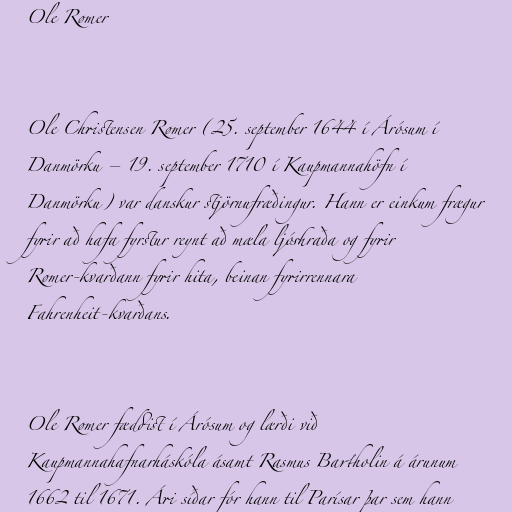
Ole Rømer

Ole Christensen Rømer (25. september 1644 í Árósum í
Danmörku – 19. september 1710 í Kaupmannahöfn í
Danmörku) var danskur stjörnufræðingur. Hann er einkum frægur
fyrir að hafa fyrstur reynt að mæla ljóshraða og fyrir
Rømer-kvarðann fyrir hita, beinan fyrirrennara
Fahrenheit-kvarðans.

Ole Rømer fæddist í Árósum og lærði við
Kaupmannahafnarháskóla ásamt Rasmus Bartholin á árunum
1662 til 1671. Ári síðar fór hann til Parísar þar sem hann